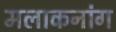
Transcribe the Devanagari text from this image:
मलाकनांग